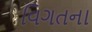
વિગતના